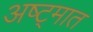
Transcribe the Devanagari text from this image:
अष्ट्मात